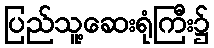
ပြည်သူ့ဆေးရုံကြီး၌